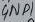
Text: GND1